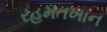
રહમતખાન